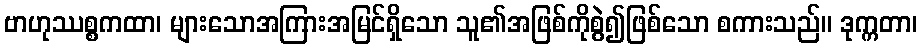
ဗာဟုဿစ္စကထာ၊ များသောအကြားအမြင်ရှိသော သူ၏အဖြစ်ကိုစွဲ၍ဖြစ်သော စကားသည်။ ဒုက္ကတာ၊